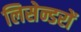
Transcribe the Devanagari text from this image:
लिसेन्डरों